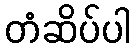
တံဆိပ်ပါ